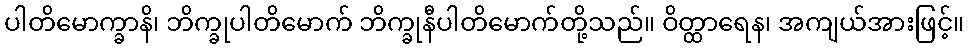
ပါတိမောက္ခာနိ၊ ဘိက္ခုပါတိမောက် ဘိက္ခုနီပါတိမောက်တို့သည်။ ဝိတ္ထာရေန၊ အကျယ်အားဖြင့်။